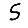
Digit: 5